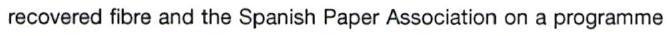
recovered fibre and the Spanish Paper Association on a programme